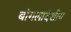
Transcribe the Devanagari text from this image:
बांगलादेशीय